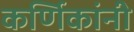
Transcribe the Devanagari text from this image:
कर्णिकांनी